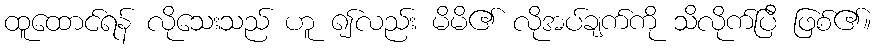
ထူထောင်ရန် လိုသေးသည် ဟူ ၍လည်း မိမိ၏ လိုအပ်ချက်ကို သိလိုက်ပြီ ဖြစ်၏။